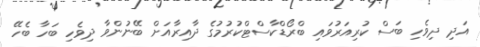
އަދި ދިވެހި ބަސް ކުރިއަރުވައި ބްރޯޑްކާސްޓްކުރުމުގެ ދާއިރާއަށް ބޭނުންވާ ދިވެހި ބަހާ ބެހޭ